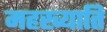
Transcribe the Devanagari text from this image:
महख्याति